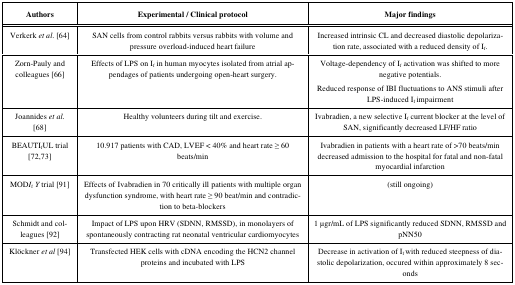
| Authors | Experimental /Clinical protocol | Major findings |
 | --- | --- | --- |
 | Verkerk et al. [64] | SAN cells from control rabbits versus rabbits withvolume and pressure overload-induced heart failure | Increased intrinsic CL and decreased diastolicdepolarization rate, associated with a reduced density of If. |
 | Zorn-Pauly and colleagues [66] | Effects of LPS on If in human myocytesisolated from atrial appendages of patients undergoing open-heartsurgery. | Voltage-dependency of If activation wasshifted to more negative potentials.Reduced response of IBI fluctuations to ANSstimuli after LPS-induced If impairment |
 | Joannides et al. [68] | Healthy volunteers during tilt and exercise. | Ivabradien, a new selective If currentblocker at the level of SAN, significantly decreased LF/HF ratio |
 | BEAUTIfUL trial [72,73] | 10.917 patients with CAD, LVEF < 40% and heartrate ≥ 60 beats/min | Ivabradien in patients with a heart rate of >70beats/min decreased admission to the hospital for fatal and non-fatalmyocardial infarction |
 | MODIfY trial [91] | Effects ofIvabradien in 70 critically ill patients with multiple organ dysfunctionsyndrome, with heart rate ≥ 90 beat/min and contradiction tobeta-blockers | (still ongoing) |
 | Schmidt and colleagues [92] | Impact of LPS upon HRV (SDNN, RMSSD), inmonolayers of spontaneously contracting rat neonatal ventricularcardiomyocytes | 1 μgr/mL of LPSsignificantly reduced SDNN, RMSSD and pNN50 |
 | Klöckner et al [94] | Transfected HEK cells with cDNA encoding the HCN2channel proteins and incubated with LPS | Decrease in activation of If withreduced steepness of diastolic depolarization, occured withinapproximately 8 seconds |